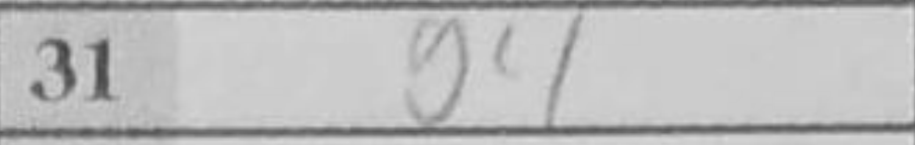
Transcription: g4